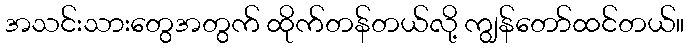
အသင်းသားတွေအတွက် ထိုက်တန်တယ်လို့ ကျွန်တော်ထင်တယ်။